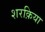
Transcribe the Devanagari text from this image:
शरक़िया